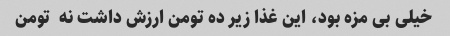
خیلی بی مزه بود، این غذا زیر ده تومن ارزش داشت نه  تومن